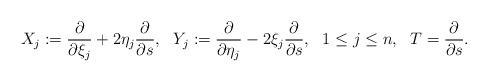
LaTeX: \begin{align*} \begin{aligned} X_j:=\frac{\partial}{\partial \xi_j}+2\eta_j\frac{\partial }{\partial s}, ~~Y_j:=\frac{\partial}{\partial \eta_j}-2\xi_j\frac{\partial }{\partial s},~~1\leq j\leq n,~~T=\frac{\partial}{\partial s}. \end{aligned}\end{align*}